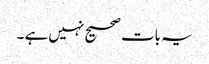
یہ بات صحیح نہیں ہے ۔